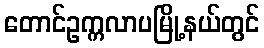
တောင်ဥက္ကလာပမြို့နယ်တွင်